Report of the veterinary officer investigating camel disease
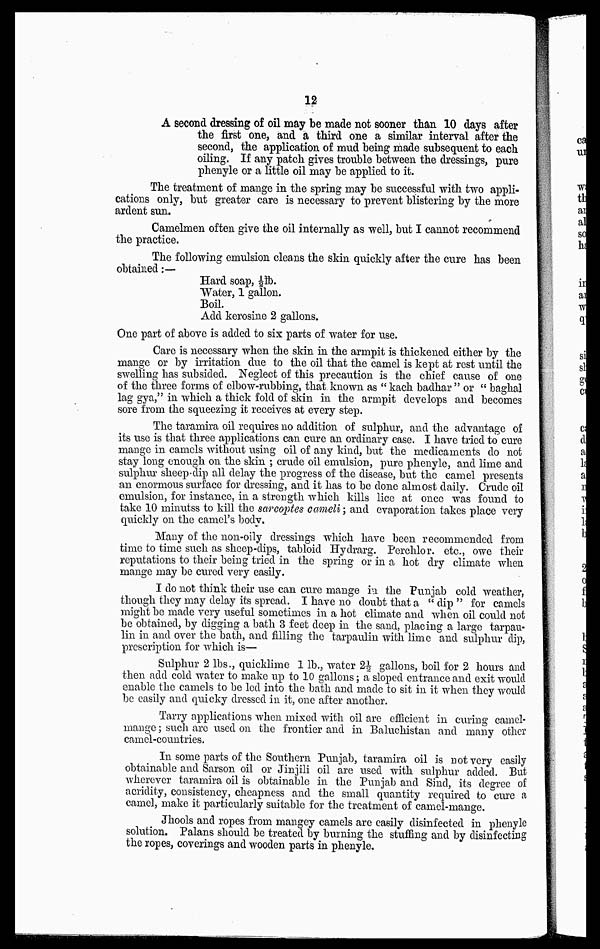
12
A second dressing of oil may be made not sooner than 10 days after
the first one, and a third one a similar interval after the
second, the application of mud being made subsequent to each
oiling. If any patch gives trouble between the dressings, pure
phenyle or a little oil may be applied to it.
The treatment of mange in the spring may be successful with two appli-
cations only, but greater care is necessary to prevent blistering by the more
ardent sun.
Camelmen often give the oil internally as well, but I cannot recommend
the practice.
The following emulsion cleans the skin quickly after the cure has been
obtained :—
Hard soap, ½ lb.
Water, 1 gallon.
Boil.
Add kerosine 2 gallons.
One part of above is added to six parts of water for use.
Care is necessary when the skin in the armpit is thickened either by the
mange or by irritation due to the oil that the camel is kept at rest until the
swelling has subsided. Neglect of this precaution is the chief cause of one
of the three forms of elbow-rubbing, that, known as " kach badhar " or " baghal
lag gya," in which a thick fold of skin in the armpit develops and becomes
sore from the squeezing it receives at every step.
The taramira oil requires no addition of sulphur, and the advantage of
its use is that three applications can cure an ordinary case. I have tried to cure
mange in camels without using oil of any kind, but the medicaments do not
stay long enough on the skin ; crude oil emulsion, pure phenyle, and lime and
sulphur sheep-dip all delay the progress of the disease, but the camel presents
an enormous surface for dressing, and it has to be done almost daily. Crude oil
emulsion, for instance, in a strength which kills lice at once was found to
take 10 Minuts to kill the sarcoptes cameli; and evaporation takes place very
quickly on the camel's body.
Many of the non-oily dressings which have been recommended from
time to time such as sheep-dips, tabloid Hydrarg. Perchlor. etc., owe their
reputations to their being tried in the spring or in a hot dry climate when
mange may be cured very easily.
I do not think their use can cure mange in the Punjab cold weather,
though they may delay its spread. I have no doubt that a "dip" for camels
might be made very useful sometimes in a hot climate and when oil could not
be obtained, by digging a bath 3 feet deep in the sand, placing a large tarpau-
lin in and over the bath, and filling the tarpaulin with lime and sulphur clip,
prescription for which is—
Sulphur 2 lbs., quicklime 1 lb., water 2½ gallons, boil for 2 hours and
then add cold water to make up to 10 gallons; a sloped entrance and exit would
enable the camels to be led into the bath and made to sit in it when they would
be easily and quicky dressed in it, one after another.
Tarry applications when mixed with oil are efficient in curing camel-
mange ; such are used on the frontier and in Baluchistan and many other
camel-countries.
In some parts of the Southern Punjab, taramira oil is not very easily
obtainable and Sarson oil or Jinjili oil are used with sulphur added. But
wherever taramira oil is obtainable in the Punjab and Sind, its degree of
acridity, consistency, cheapness and the small quantity required to cure a
camel, make it particularly suitable for the treatment of camel-mange.
Jhools and ropes from mangey camels are easily disinfected in phenyle
solution. Palans should be treated by burning the stuffing and by disinfecting
the ropes, coverings and wooden parts in phenyle.